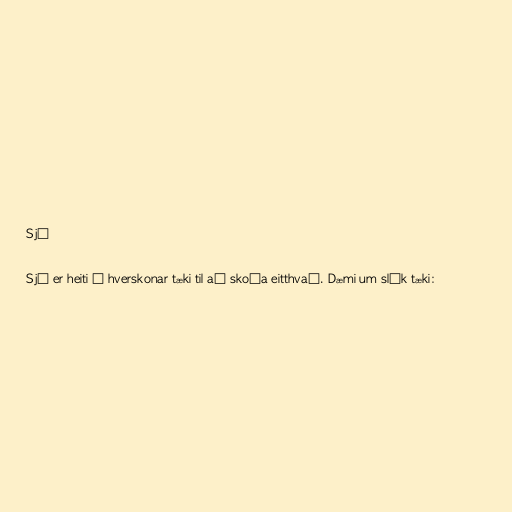
Sjá

Sjá er heiti á hverskonar tæki til að skoða eitthvað. Dæmi um slík tæki: